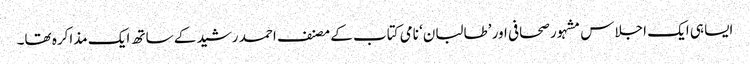
ایسا ہی ایک اجلاس مشہور صحافی اور ’طالبان‘ نامی کتاب کے مصنف احمد رشید کے ساتھ ایک مذاکرہ تھا۔